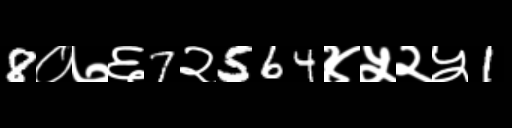
Text: 8०७६7२564४५२५1